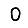
Digit: 0